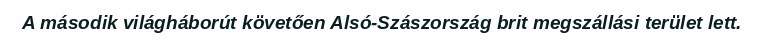
A második világháborút követően Alsó-Szászország brit megszállási terület lett.